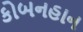
કોબનહાન